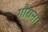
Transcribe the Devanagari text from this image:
गौराना